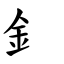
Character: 釒